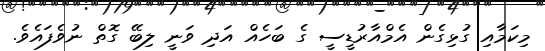
މިކަމާއި ގުޅިގެން އެމްއާރުޑީސީ ގެ ބަހެއް އަދި ވަނީ ލިބޭ ގޮތް ނުވެފައެވެ.